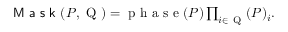
\begin{array} { r } { \textsf { M a s k } ( P , \mathrm { ~ Q ~ } ) = \mathrm { ~ p ~ h ~ a ~ s ~ e ~ } ( P ) \prod _ { i \in \mathrm { ~ Q ~ } } ( P ) _ { i } . } \end{array}